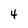
Character: 4